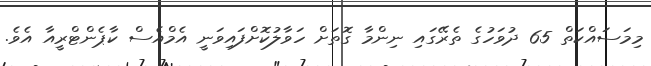
މިމަސައްކަތް 65 ދުވަހުގެ ތެރޭގައި ނިންމާ ގޮތަށް ހަވާލުކޮށްފައިވަނީ އެމްއެސް ކާޕެންޓްރީއާ އެވެ.